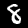
Digit: 8